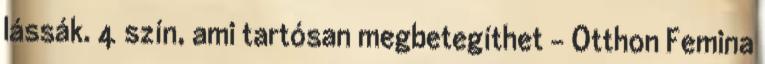
lássák. 4 szín, ami tartósan megbetegíthet - Otthon Femina